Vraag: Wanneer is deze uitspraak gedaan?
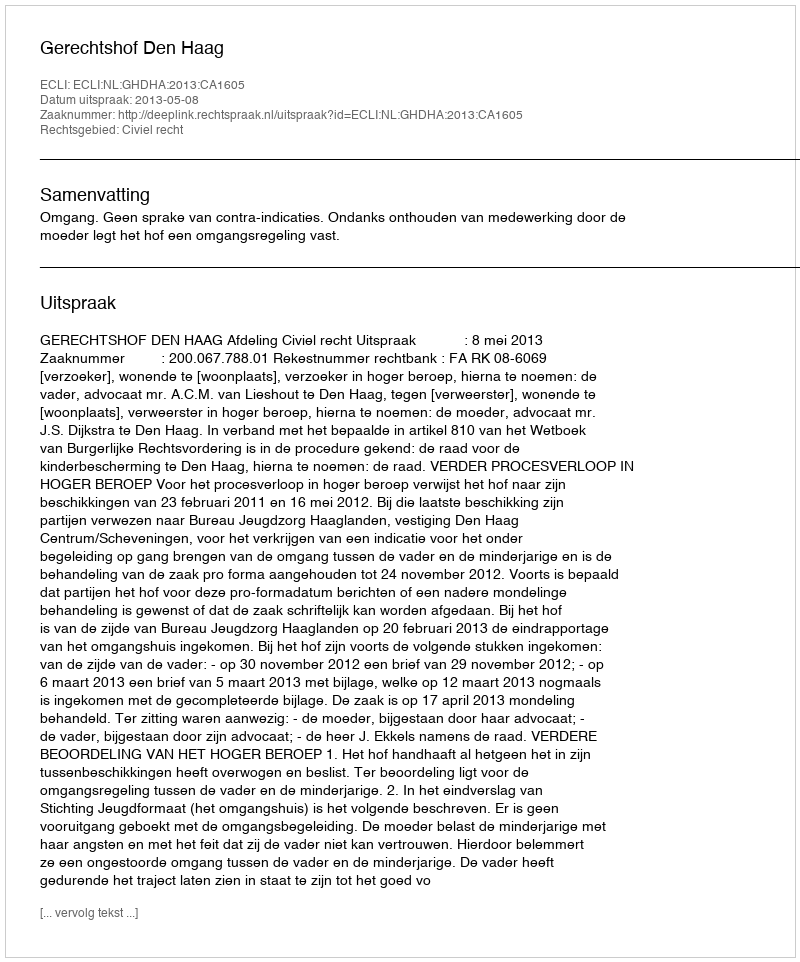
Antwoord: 2013-05-08